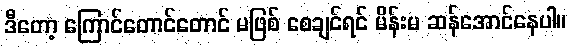
ဒီတော့ ကြောင်တောင်တောင် မဖြစ် စေချင်ရင် မိန်းမ ဆန်အောင်နေပါ။